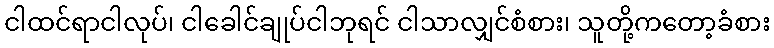
ငါထင်ရာငါလုပ်၊ ငါခေါင်ချုပ်ငါဘုရင် ငါသာလျှင်စံစား၊ သူတို့ကတော့ခံစား